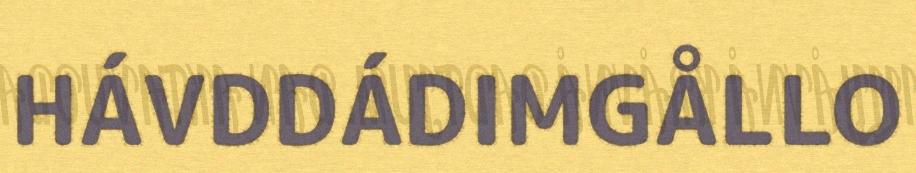
HÁVDDÁDIMGÅLLO